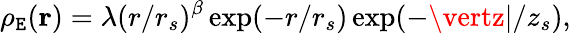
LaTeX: \rho_{\mathtt{E}}(\mathbf{{r}})=\lambda(r/r_{s})^{\beta}\exp(-r/r_{s})\exp(-\vertz\vert/z_{s}),